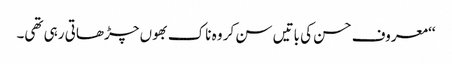
‘‘ معروف حسن کی باتیں سن کر وہ ناک بھوں چڑھاتی رہی تھی۔